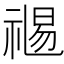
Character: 𥚯